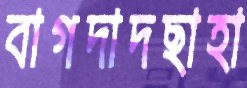
বাগদাদছাহা